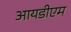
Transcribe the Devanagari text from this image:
आयडीएम